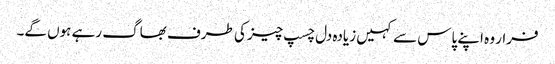
فرار وہ اپنے پاس سے کہیں زیادہ دل چسپ چیز کی طرف بھاگ رہے ہوں گے۔